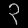
Digit: ၃